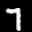
Label: 7